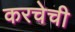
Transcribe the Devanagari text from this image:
करचेची